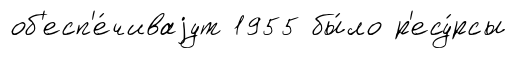
об'есп'е́чиваjут 1955 бы́ло р'есу́рсы